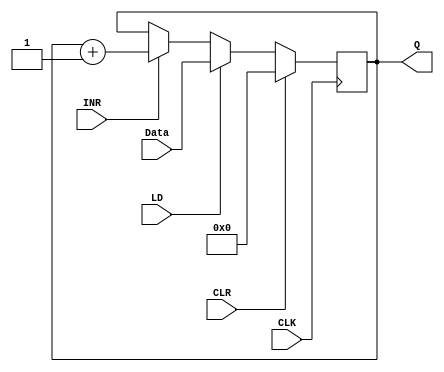
module ACCUMULATOR(Q, INR, Data, LD, CLK, CLR);

   
 
	output reg [7:0] Q;
	input [7:0] Data;
	input INR, LD, CLK, CLR;	
	
	 initial Q = 0;
	 
	
	always @(posedge CLK)
	begin
		if(CLR)
			Q <= 8'b0;
		else if(LD)
			Q <= Data;
		else if(INR)
			Q <= Q + 1;
	end	
endmodule